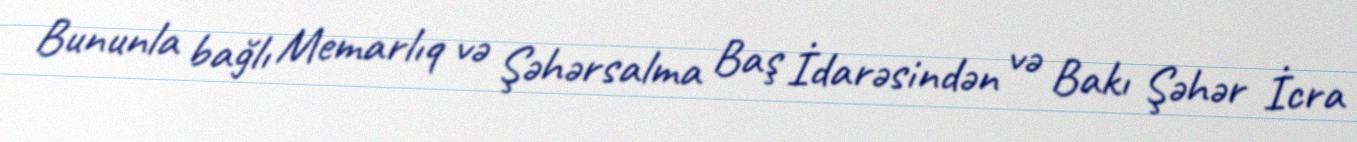
Bununla bağlı Memarlıq və Şəhərsalma Baş İdarəsindən və Bakı Şəhər İcra